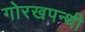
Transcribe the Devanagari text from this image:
गोरखपन्थी